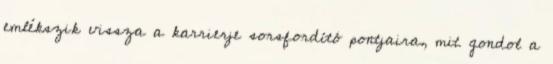
emlékszik vissza a karrierje sorsfordító pontjaira, mit gondol a